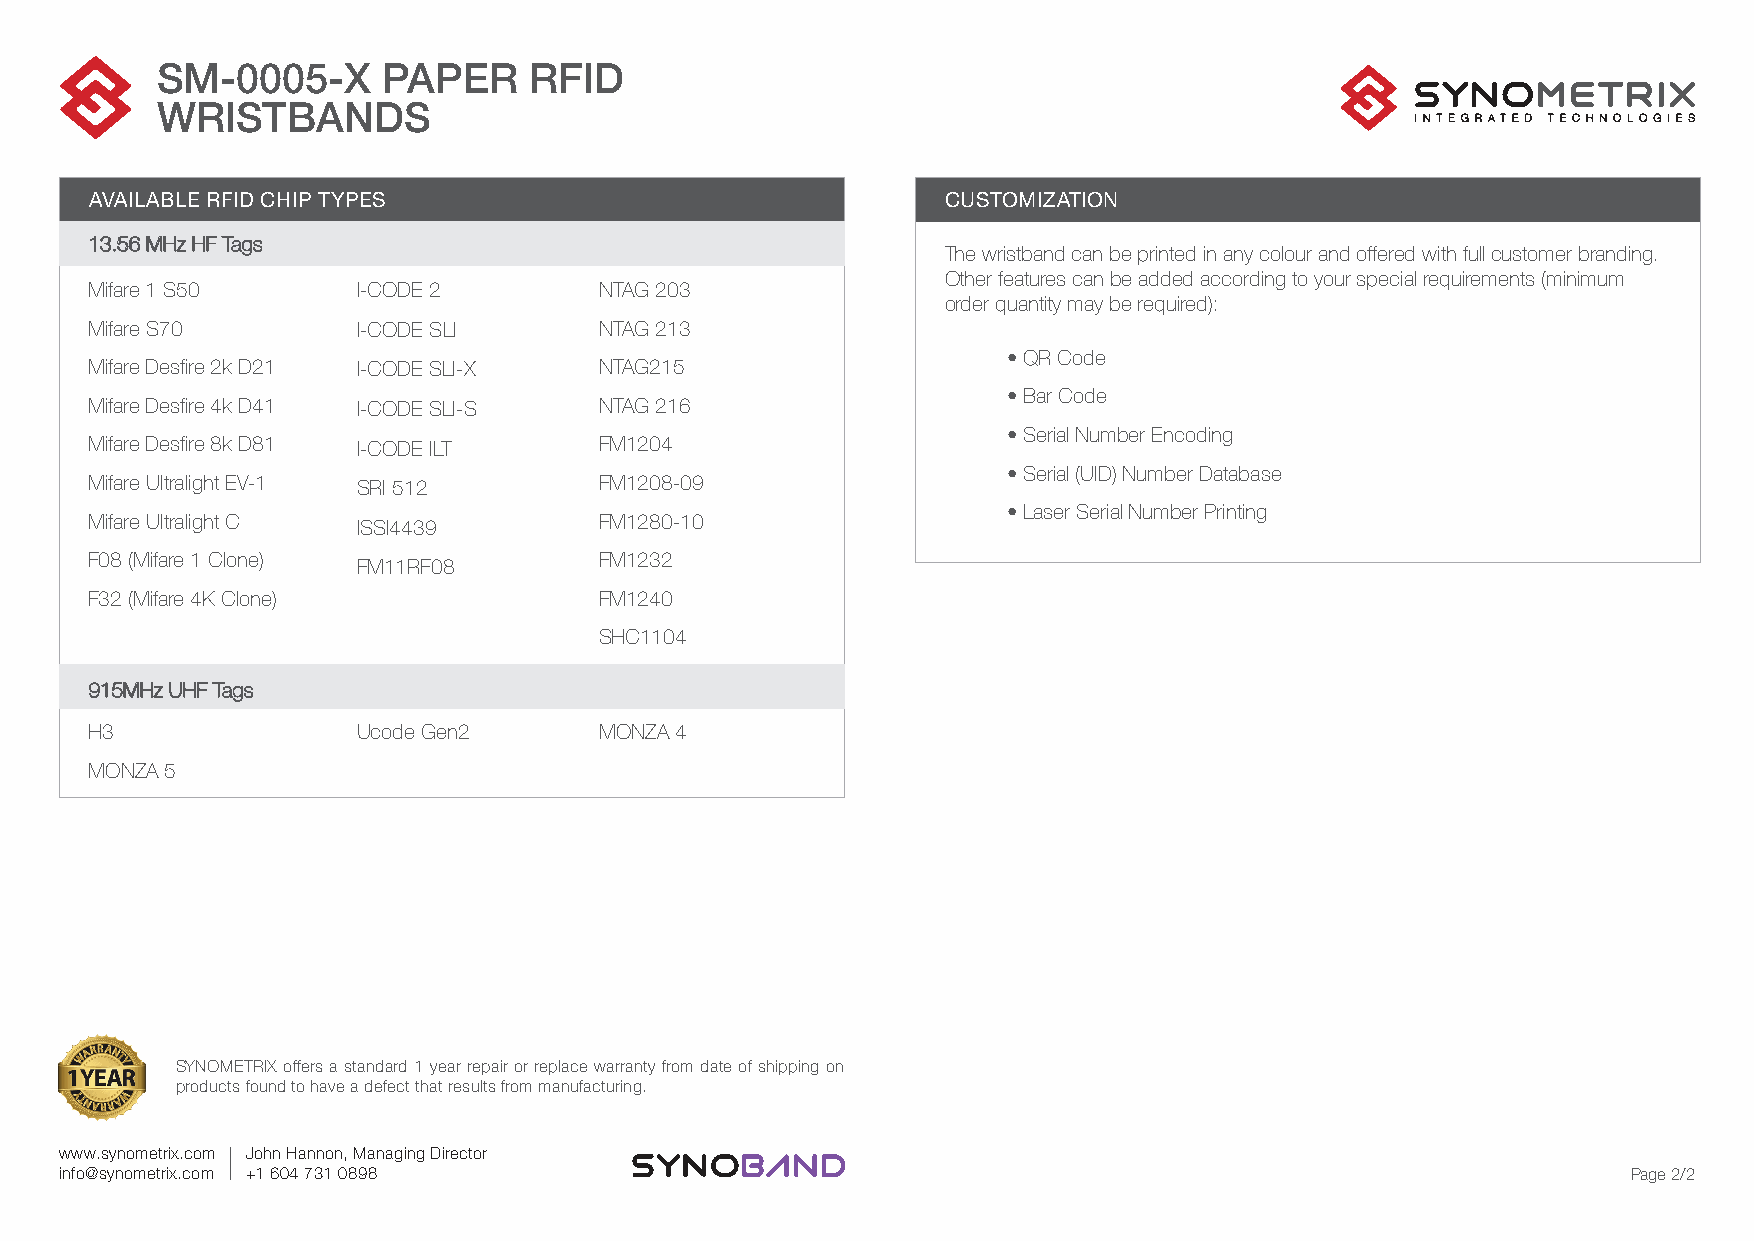
SM-0005-X      PAPER     RFID
 WRISTBANDS
 AVAILABLE RFID CHIP TYPES                                CUSTOMIZATION
 13.56 MHz HF Tags
 The wristband can be printed in any colour and offered with full customer branding.
 Other features can be added according to your special requirements (minimum
 Mifare 1 S50      I-CODE 2        NTAG 203
 order quantity may be required):
 Mifare S70        I-CODE SLI      NTAG 213
 • QR Code
 Mifare Desfire 2k D21 I-CODE SLI-X NTAG215
 • Bar Code
 Mifare Desfire 4k D41 I-CODE SLI-S NTAG 216
 • Serial Number Encoding
 Mifare Desfire 8k D81 I-CODE ILT  FM1204
 • Serial (UID) Number Database
 Mifare Ultralight EV-1 SRI 512    FM1208-09
 • Laser Serial Number Printing
 Mifare Ultralight C ISSI4439      FM1280-10
 F08 (Mifare 1 Clone)              FM1232
 FM11RF08
 F32 (Mifare 4K Clone)             FM1240
 SHC1104
 915MHz UHF Tags
 H3                Ucode Gen2      MONZA 4
 MONZA 5
 SYNOMETRIX offers a standard 1 year repair or replace warranty from date of shipping on
 products found to have a defect that results from manufacturing.
 www.synometrix.com John Hannon, Managing Director
 info@synometrix.com +1 604 731 0898                                                                     Page 2/2